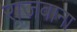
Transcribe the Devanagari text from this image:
राजवाना